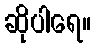
ဆိုပါရေ။